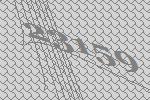
23159